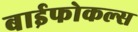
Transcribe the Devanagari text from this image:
बाईफोकल्स